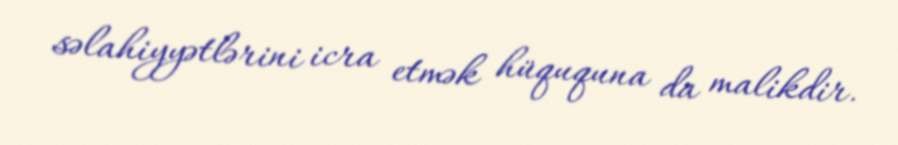
səlahiyyətlərini icra etmək hüququna da malikdir.